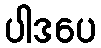
ပါဒပေ